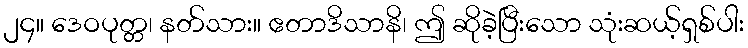
၂၄။ ဒေဝပုတ္တ၊ နတ်သား။ ဧတာဒိသာနိ၊ ဤ ဆိုခဲ့ပြီးသော သုံးဆယ့်ရှစ်ပါး